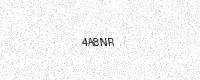
Text: 4A8NR